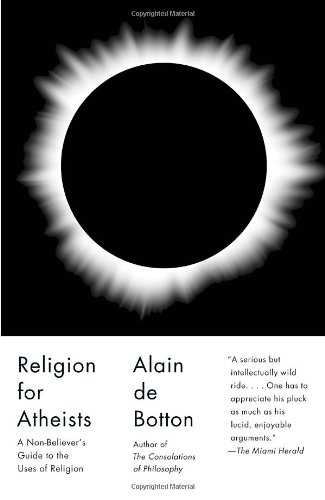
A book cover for Religion for Atheists: A Non-believer's Guide to the Uses of Religion; Alain De Botton; Politics & Social Sciences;